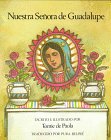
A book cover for Nuestra Senora de Guadalupe / Our Lady of Guadalupe (Spanish Edition); Tomie dePaola; Children's Books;